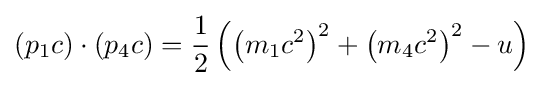
\left(p_{1}c\right)\cdot \left(p_{4}c\right)={\frac {1}{2}}\left(\left(m_{1}c^{2}\right)^{2}+\left(m_{4}c^{2}\right)^{2}-u\right)